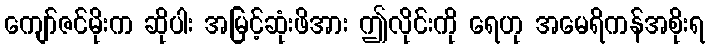
ကျော်ဇင်မိုးက ဆိုပါး အမြင့်ဆုံးဖိအား ဤလိုင်းကို ရေဟု အမေရိကန်အစိုးရ